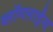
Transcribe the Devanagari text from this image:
ब्लॉगलाईंस